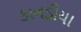
કાનડીયા